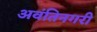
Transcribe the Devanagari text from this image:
अवंतिनगरी